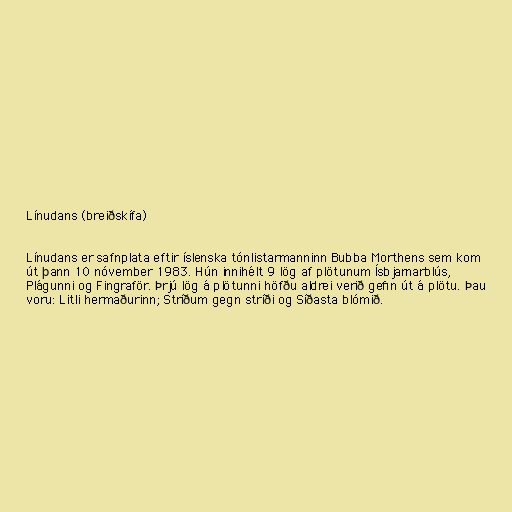
Línudans (breiðskífa)

Línudans er safnplata eftir íslenska tónlistarmanninn Bubba Morthens sem kom
út þann 10 nóvember 1983. Hún innihélt 9 lög af plötunum Ísbjarnarblús,
Plágunni og Fingraför. Þrjú lög á plötunni höfðu aldrei verið gefin út á plötu. Þau
voru: Litli hermaðurinn; Stríðum gegn stríði og Síðasta blómið.